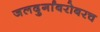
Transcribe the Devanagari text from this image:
जलदुर्गांबरोबरच